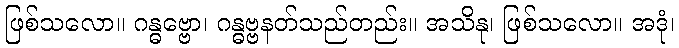
ဖြစ်သလော။ ဂန္ဓဗ္ဗော၊ ဂန္ဓဗ္ဗနတ်သည်တည်း။ အသိနု၊ ဖြစ်သလော။ အဒုံ၊